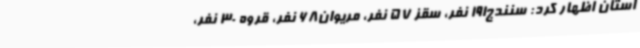
استان اظهار کرد: سنندج191 نفر، سقز 57 نفر، مریوان68 نفر، قروه 30 نفر،